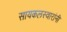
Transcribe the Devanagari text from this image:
सायकलस्वारांनी